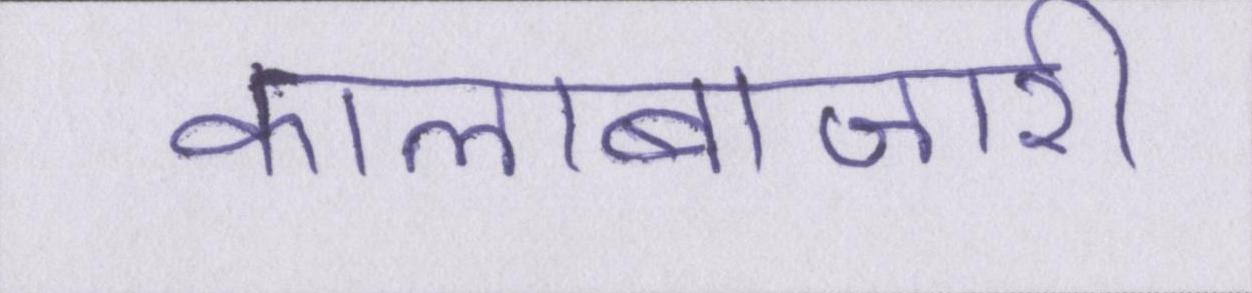
कालाबाजारी